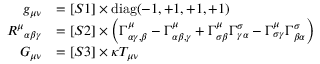
{ \begin{array} { r l } { g _ { \mu \nu } } & { = [ S 1 ] \times \operatorname { d i a g } ( - 1 , + 1 , + 1 , + 1 ) } \\ { { R ^ { \mu } } _ { \alpha \beta \gamma } } & { = [ S 2 ] \times \left( \Gamma _ { \alpha \gamma , \beta } ^ { \mu } - \Gamma _ { \alpha \beta , \gamma } ^ { \mu } + \Gamma _ { \sigma \beta } ^ { \mu } \Gamma _ { \gamma \alpha } ^ { \sigma } - \Gamma _ { \sigma \gamma } ^ { \mu } \Gamma _ { \beta \alpha } ^ { \sigma } \right) } \\ { G _ { \mu \nu } } & { = [ S 3 ] \times \kappa T _ { \mu \nu } } \end{array} }